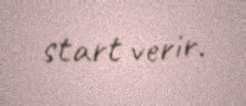
start verir.